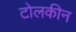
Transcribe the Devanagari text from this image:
टोलकीन